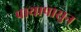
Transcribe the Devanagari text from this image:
पायापासुन